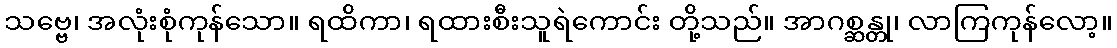
သဗ္ဗေ၊ အလုံးစုံကုန်သော။ ရထိကာ၊ ရထားစီးသူရဲကောင်း တို့သည်။ အာဂစ္ဆန္တု၊ လာကြကုန်လော့။